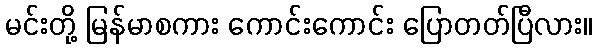
မင်းတို့ မြန်မာစကား ကောင်းကောင်း ပြောတတ်ပြီလား။